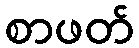
စာဖတ်